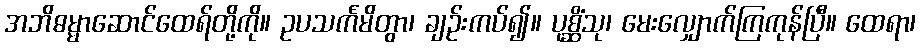
အဘိဓမ္မာဆောင်ထေရ်တို့ကို။ ဥပသင်္ကမိတွာ၊ ချဉ်းကပ်၍။ ပုစ္ဆိံသု၊ မေးလျှောက်ကြကုန်ပြီ။ ထေရာ၊